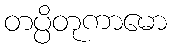
တပ္ပိတုကာမော